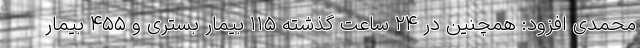
محمدی افزود: همچنین در ۲۴ ساعت گذشته ۱۱۵ بیمار بستری و ۴۵۵ بیمار